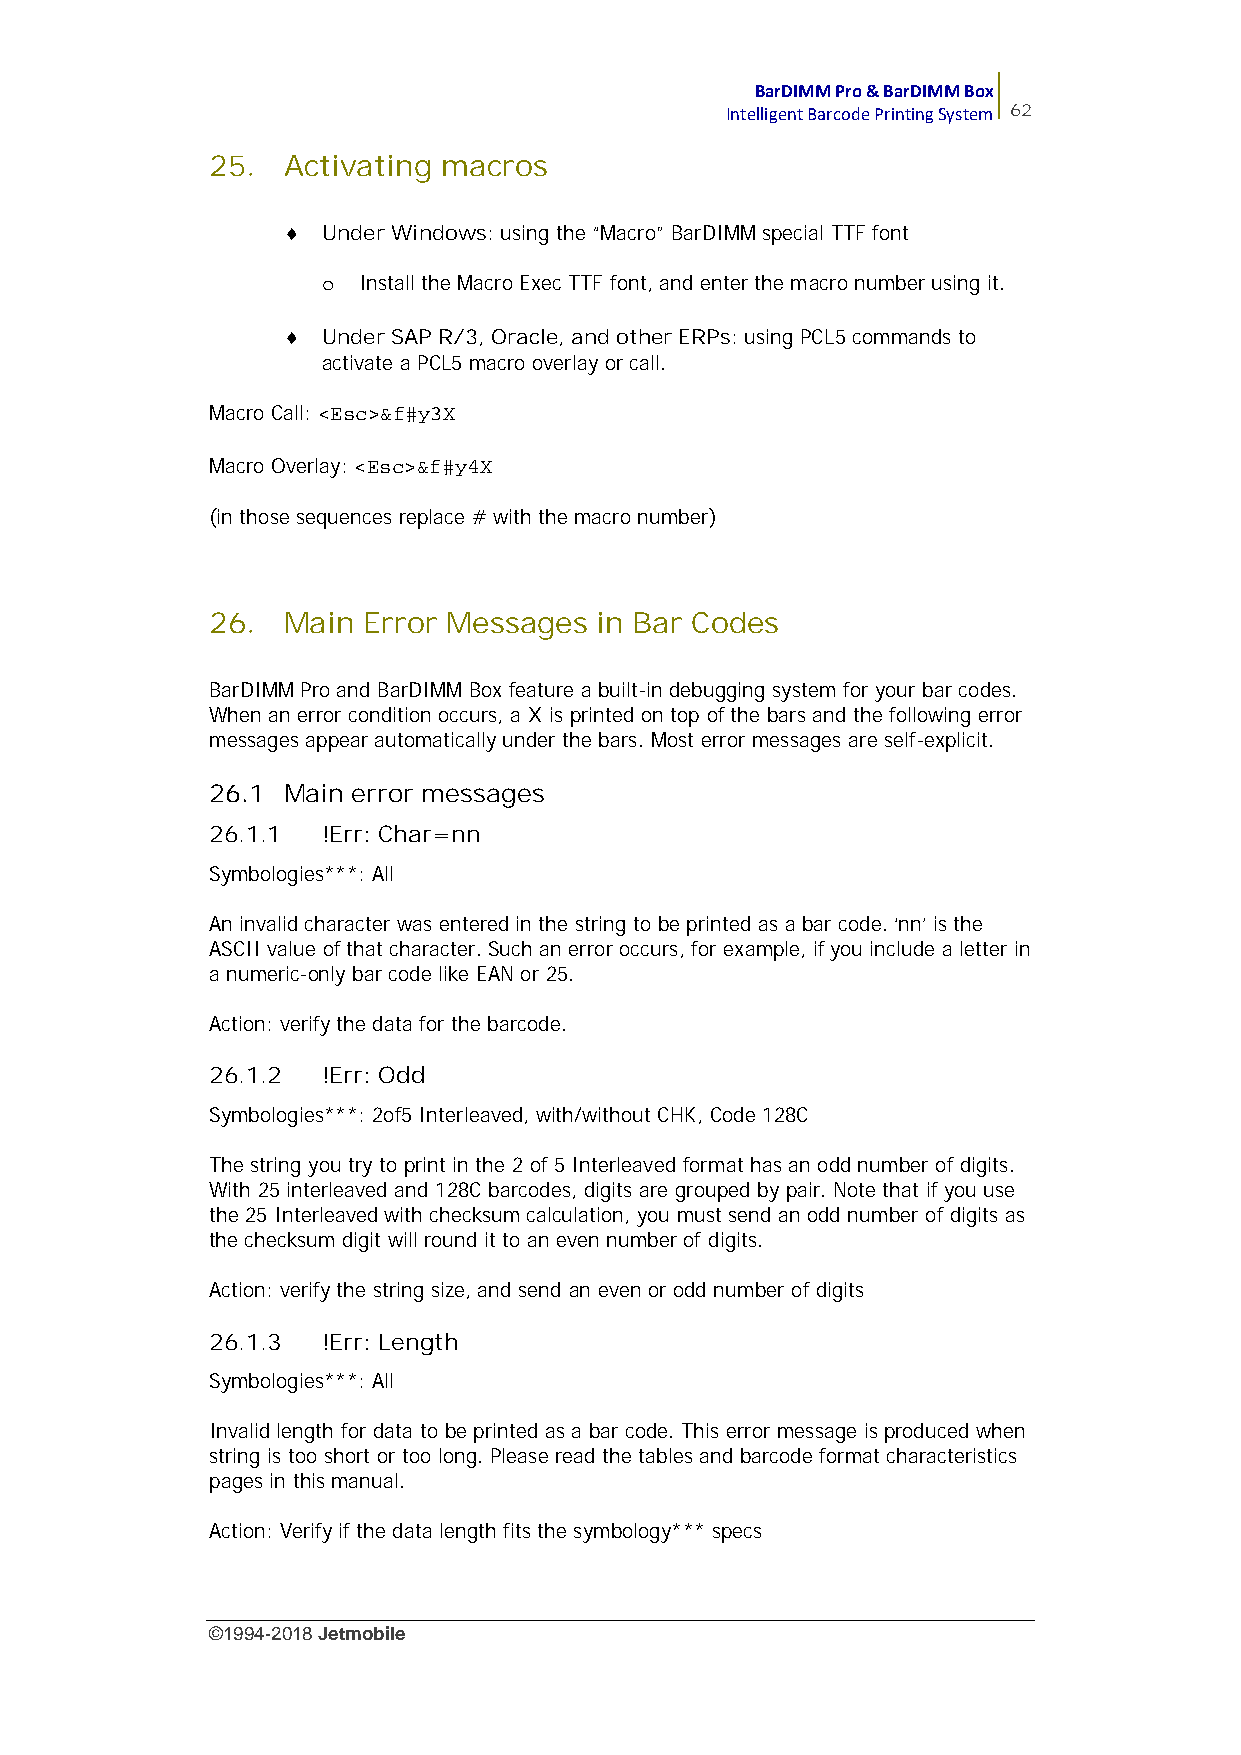
BarDIMM Pro & BarDIMM Box
 Intelligent Barcode Printing System 62
 25.  Activating macros
  Under Windows: using the “Macro” BarDIMM special TTF font
 o  Install the Macro Exec TTF font, and enter the macro number using it.
  Under SAP R/3, Oracle, and other ERPs: using PCL5 commands to
 activate a PCL5 macro overlay or call.
 Macro Call: <Esc>&f#y3X
 Macro Overlay: <Esc>&f#y4X
 (in those sequences replace # with the macro number)
 26.  Main Error Messages in Bar Codes
 BarDIMM Pro and BarDIMM Box feature a built-in debugging system for your bar codes.
 When an error condition occurs, a X is printed on top of the bars and the following error
 messages appear automatically under the bars. Most error messages are self-explicit.
 26.1 Main error messages
 26.1.1 !Err: Char=nn
 Symbologies***: All
 An invalid character was entered in the string to be printed as a bar code. ‘nn’ is the
 ASCII value of that character. Such an error occurs, for example, if you include a letter in
 a numeric-only bar code like EAN or 25.
 Action: verify the data for the barcode.
 26.1.2 !Err: Odd
 Symbologies***: 2of5 Interleaved, with/without CHK, Code 128C
 The string you try to print in the 2 of 5 Interleaved format has an odd number of digits.
 With 25 interleaved and 128C barcodes, digits are grouped by pair. Note that if you use
 the 25 Interleaved with checksum calculation, you must send an odd number of digits as
 the checksum digit will round it to an even number of digits.
 Action: verify the string size, and send an even or odd number of digits
 26.1.3 !Err: Length
 Symbologies***: All
 Invalid length for data to be printed as a bar code. This error message is produced when
 string is too short or too long. Please read the tables and barcode format characteristics
 pages in this manual.
 Action: Verify if the data length fits the symbology*** specs
 ©1994-2018Jetmobile
 E
 r
 r
 o